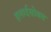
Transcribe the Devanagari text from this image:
हलार्दसोबत